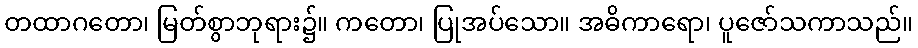
တထာဂတော၊ မြတ်စွာဘုရား၌။ ကတော၊ ပြုအပ်သော။ အဓိကာရော၊ ပူဇော်သကာသည်။